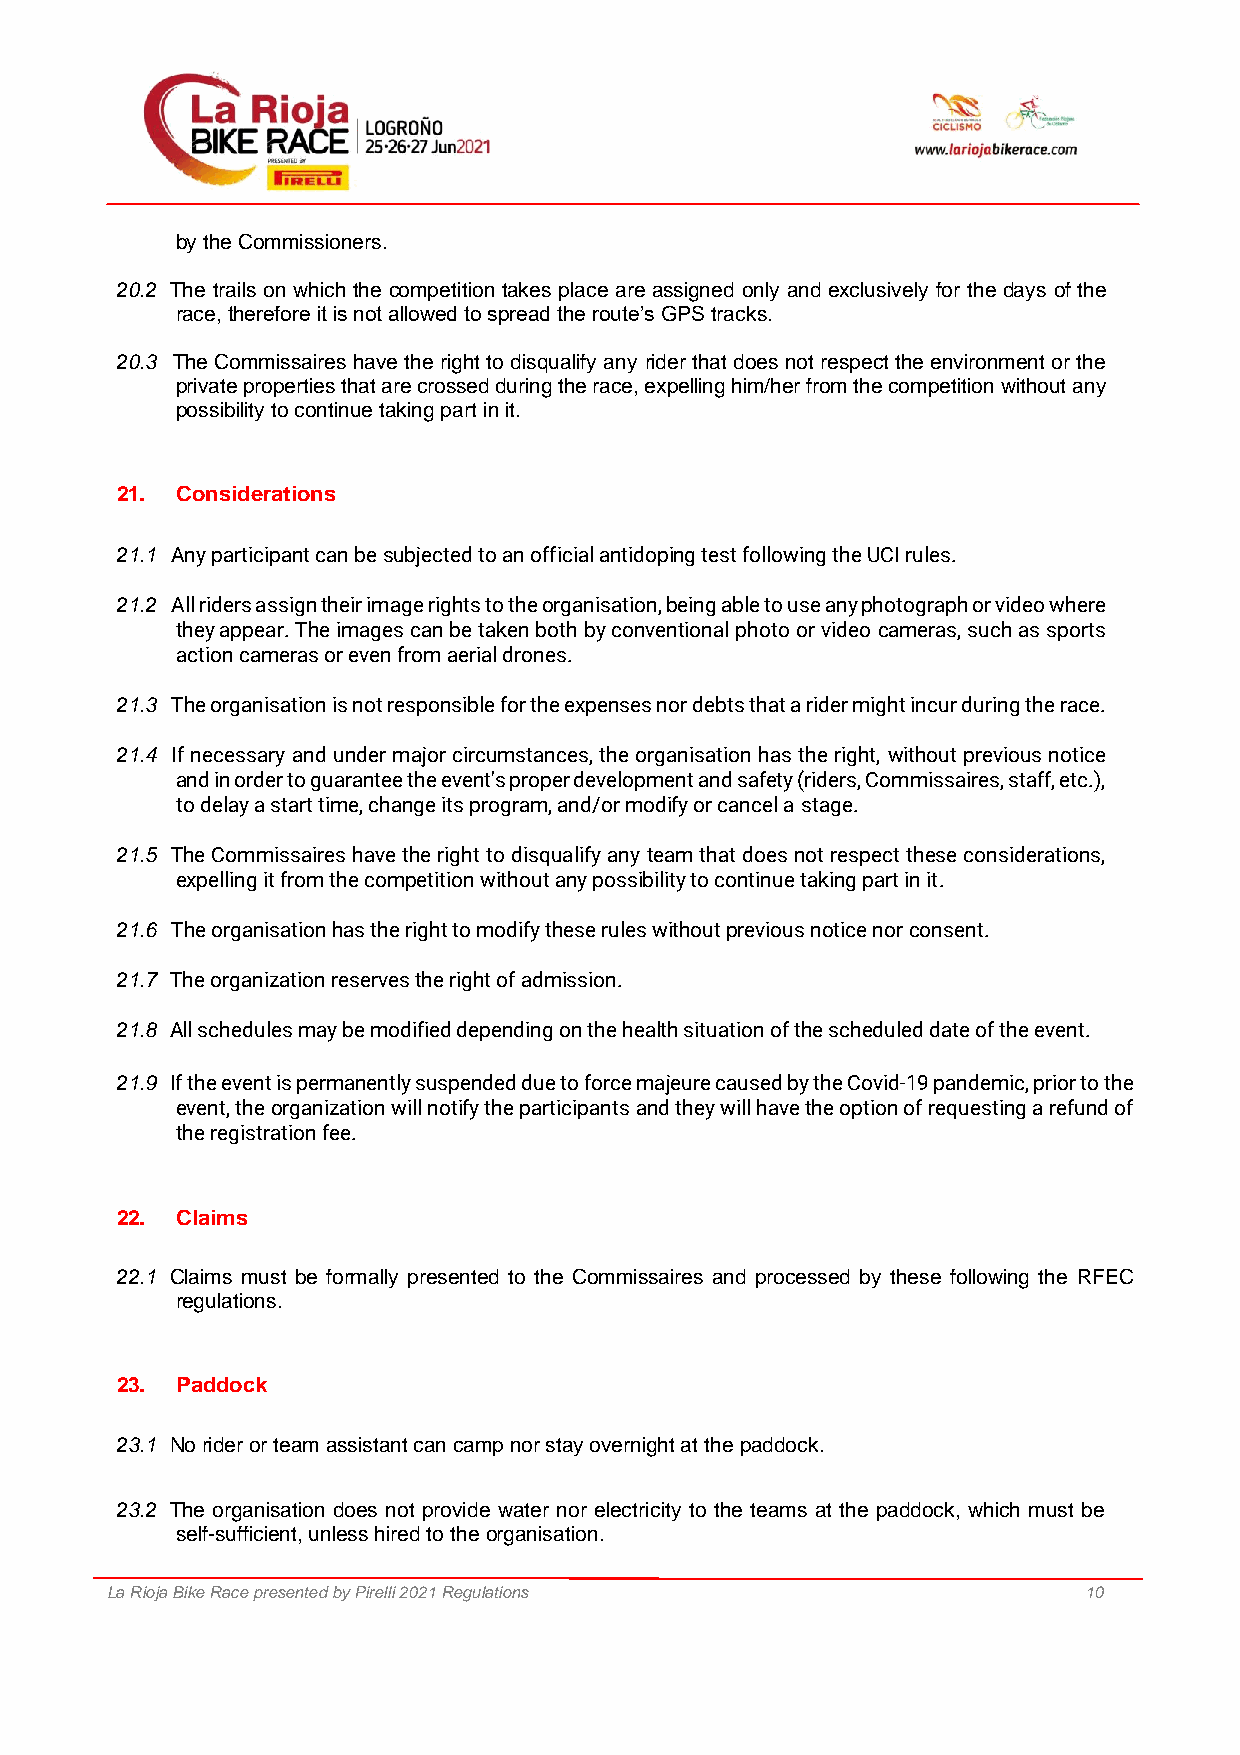
by the Commissioners.
 20.2 The trails on which the competition takes place are assigned only and exclusively for the days of the
 race, therefore it is not allowed to spread the route’s GPS tracks.
 20.3 The Commissaires have the right to disqualify any rider that does not respect the environment or the
 private properties that are crossed during the race, expelling him/her from the competition without any
 possibility to continue taking part in it.
 21. Considerations
 21.1 Any participant can be subjected to an official antidoping test following the UCI rules.
 21.2 All riders assign their image rights to the organisation, being able to use any photograph or video where
 they appear. The images can be taken both by conventional photo or video cameras, such as sports
 action cameras or even from aerial drones.
 21.3 The organisation is not responsible for the expenses nor debts that a rider might incur during the race.
 21.4 If necessary and under major circumstances, the organisation has the right, without previous notice
 and in order to guarantee the event's proper development and safety (riders, Commissaires, staff, etc.),
 to delay a start time, change its program, and/or modify or cancel a stage.
 21.5 The Commissaires have the right to disqualify any team that does not respect these considerations,
 expelling it from the competition without any possibility to continue taking part in it.
 21.6 The organisation has the right to modify these rules without previous notice nor consent.
 21.7 The organization reserves the right of admission.
 21.8 All schedules may be modified depending on the health situation of the scheduled date of the event.
 21.9 If the event is permanently suspended due to force majeure caused by the Covid-19 pandemic, prior to the
 event, the organization will notify the participants and they will have the option of requesting a refund of
 the registration fee.
 22. Claims
 22.1 Claims must be formally presented to the Commissaires and processed by these following the RFEC
 regulations.
 23. Paddock
 23.1 No rider or team assistant can camp nor stay overnight at the paddock.
 23.2 The organisation does not provide water nor electricity to the teams at the paddock, which must be
 self-sufficient, unless hired to the organisation.
 La Rioja Bike Race presented by Pirelli 2021 Regulations         10